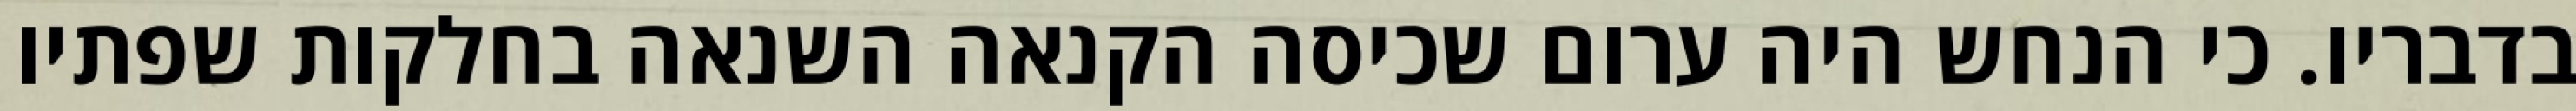
בדבריו. כי הנחש היה ערום שכיסה הקנאה השנאה בחלקות שפתיו